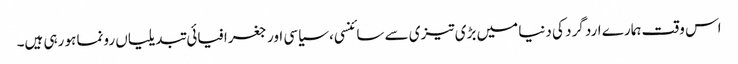
اس وقت ہمارے ارد گرد کی دنیا میں بڑی تیزی سے سائنسی، سیاسی اور جغرافیائی تبدیلیاں رونما ہو رہی ہیں۔